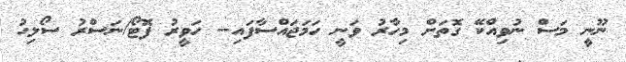
ނޫނީ މަސް ނުވިއްކޭ ގޮތަށް މިހާރު ވަނީ ހަމަޖައްސާފައި-- ހަވީރު ފޮޓޯ/ނަސްރު ސޯލިހު